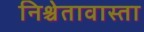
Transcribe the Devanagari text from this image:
निश्चेतावास्ता